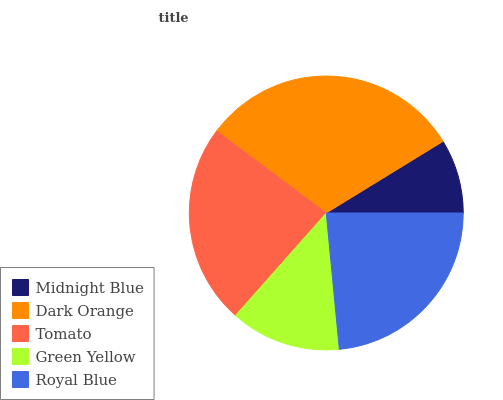
| Midnight Blue | Dark Orange | Tomato | Green Yellow | Royal Blue |
 | --- | --- | --- | --- | --- |
 | 8.74% | 31% | 23.7% | 13% | 23.5% |